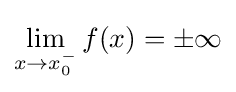
\lim _{x\to x_{0}^{-}}f(x)=\pm \infty